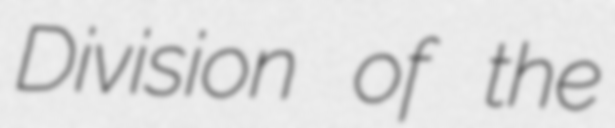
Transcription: Division of the